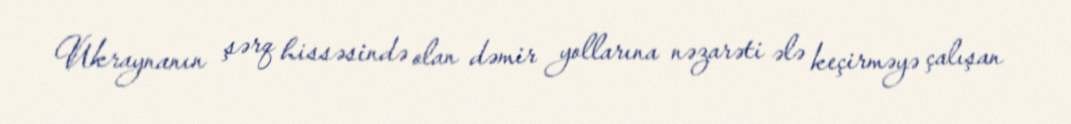
Ukraynanın şərq hissəsində olan dəmir yollarına nəzarəti ələ keçirməyə çalışan